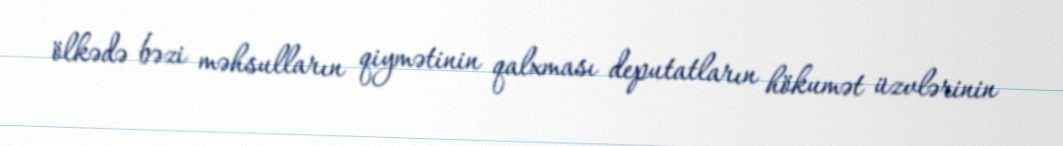
ölkədə bəzi məhsulların qiymətinin qalxması deputatların hökumət üzvlərinin